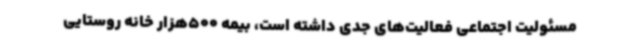
مسئولیت اجتماعی فعالیت‌های جدی داشته است، بیمه 500هزار خانه روستایی